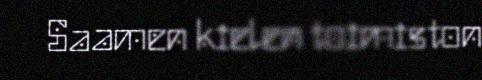
Saamen kielen toimiston